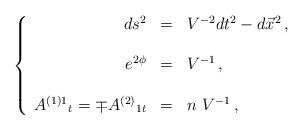
LaTeX: \begin{align*}\left\{\begin{array}{rcl}ds^{2} & = & V^{-2}dt^{2} -d\vec{x}^{2}\, , \\& & \\e^{2\phi} & = & V^{-1}\, ,\\& & \\A^{(1)1}{}_{t} = \mp A^{(2)}{}_{1t} & = & n\ V^{-1}\, ,\\\end{array}\right.\end{align*}